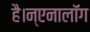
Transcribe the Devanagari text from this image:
है।न्एनालॉग